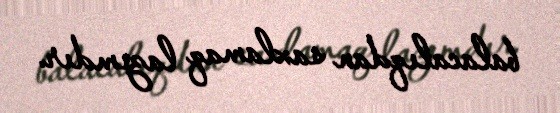
balacalıqdan saxlamaq lazımdır.